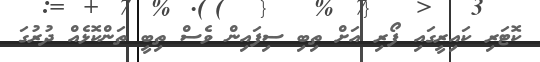
ކޮޓަރި ކައިރީގައި ފޯރި އަށް ތިބި ސިފައިން ވެސް ތިބީ ތަންކޮޅެއް ދުރުގަ